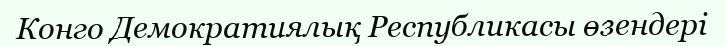
Конго Демократиялық Республикасы өзендері